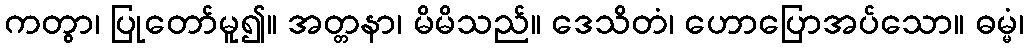
ကတွာ၊ ပြုတော်မူ၍။ အတ္တနာ၊ မိမိသည်။ ဒေသိတံ၊ ဟောပြောအပ်သော။ ဓမ္မံ၊